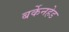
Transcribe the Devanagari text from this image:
बर्केनहेड